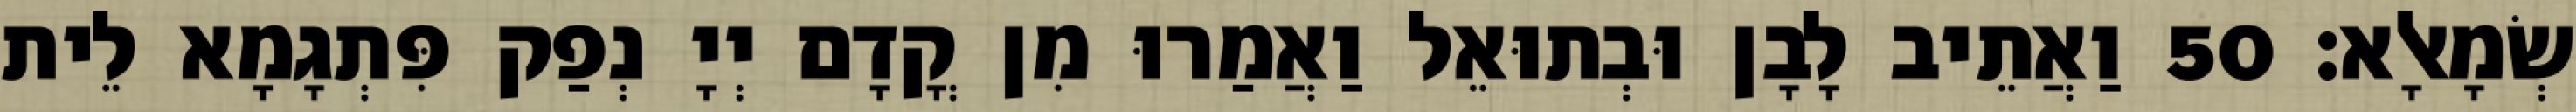
שְׂמָאלָא׃ 50 וַאֲתֵיב לָבָן וּבְתוּאֵל וַאֲמַרוּ מִן קֳדָם יְיָ נְפַק פִּתְגָמָא לֵית